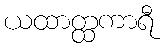
ယထာတ္ထကာရီ